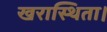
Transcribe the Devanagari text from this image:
खरास्थिता।